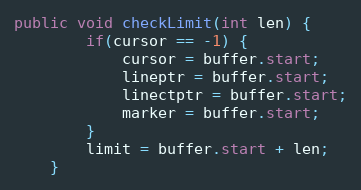
Language: Java
public void checkLimit(int len) {
        if(cursor == -1) {
            cursor = buffer.start;
            lineptr = buffer.start;
            linectptr = buffer.start;
            marker = buffer.start;
        }
        limit = buffer.start + len;
    }